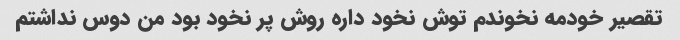
تقصیر خودمه نخوندم توش نخود داره روش پر نخود بود من دوس نداشتم‌